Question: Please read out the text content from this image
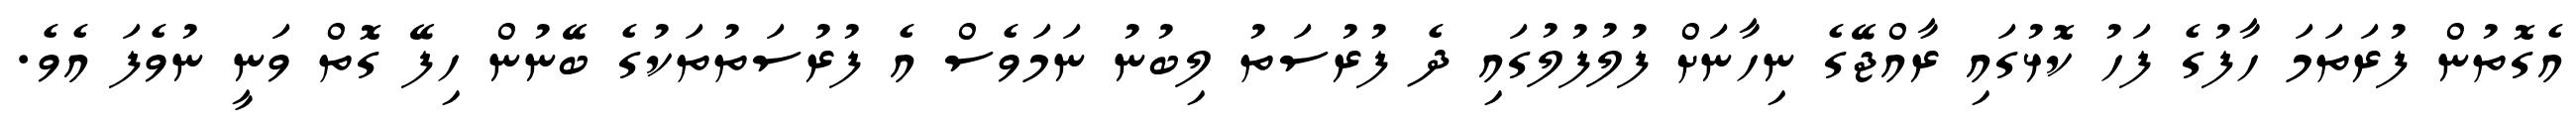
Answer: އެގޮތުން ފުރަތަމަ ހާފުގެ ފަހު ކޮޅުގައި ރާއްޖޭގެ ނިހާނަށް ފުލުފުލުގައި ދެ ފުރުސަތު ލިބުނު ނަމަވެސް އެ ފުރުސަތުތަކުގެ ބޭނުން ހިފޭ ގޮތް ވަނީ ނުވެފަ އެވެ.